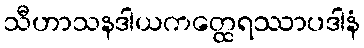
သီဟာသနဒါယကတ္ထေရဿာပဒါနံ